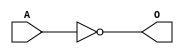
module JCINVA(A, O);
input   A;
output  O;
not g0(O, A);
endmodule